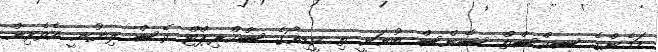
މަމެންގެ ސިކްސްތް ސެންސް ބުނަނީ ތި ވީޑިއޯގެ ސްކްރިޕްޓް ވެސް ލިޔުނީ އެެވެރިން